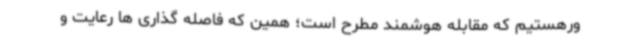
ورهستیم که مقابله هوشمند مطرح است؛ همین که فاصله گذاری ها رعایت و